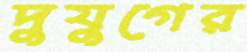
দুযুগের